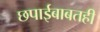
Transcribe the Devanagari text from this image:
छपाईबाबतही